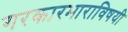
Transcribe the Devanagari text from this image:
गरकारभाराविषयी